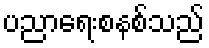
ပညာရေးစနစ်သည်